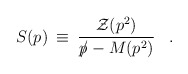
\begin{align*}S(p) \> \equiv \> {{\cal Z}(p^2) \over {p \hspace{-5pt}/} - M(p^2)}\;\;\;.\end{align*}